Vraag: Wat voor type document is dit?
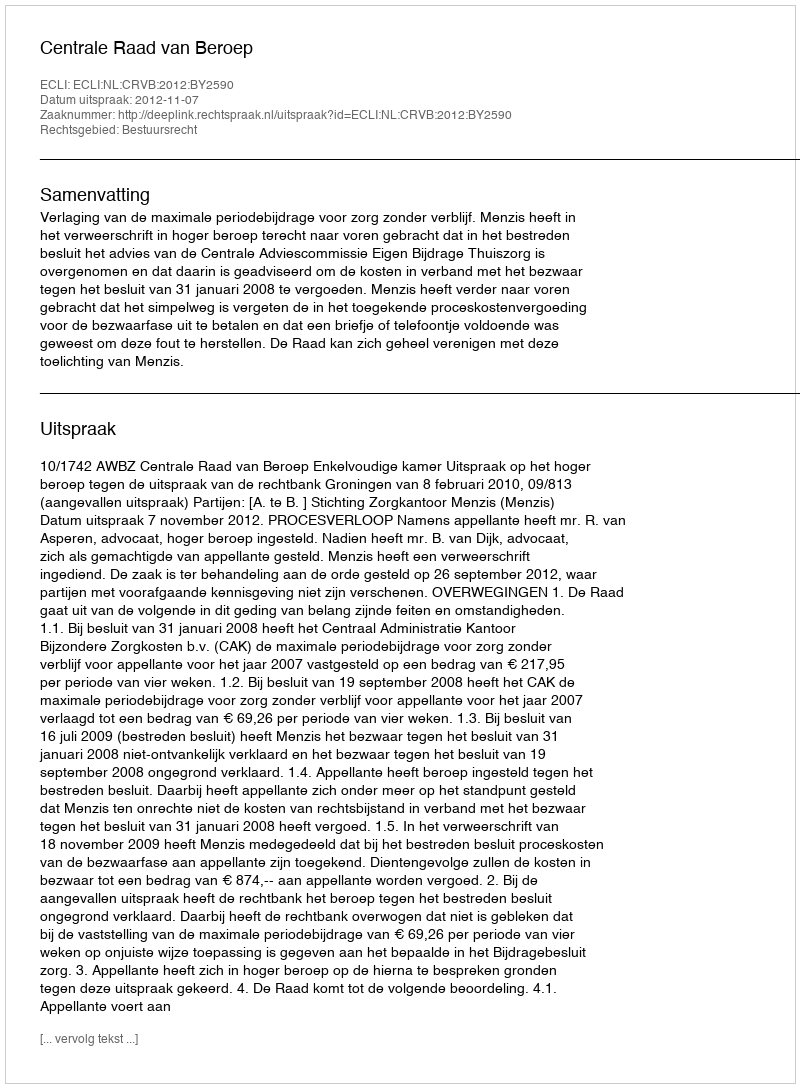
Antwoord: Uitspraak